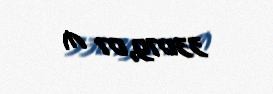
33079,07 ₼